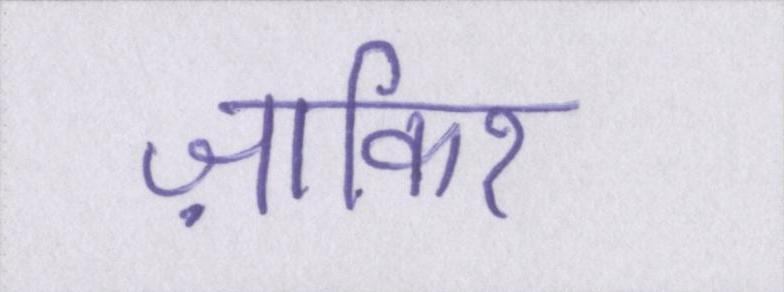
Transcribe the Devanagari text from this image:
ज़ाकिर